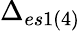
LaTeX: \Delta_{es1(4)}